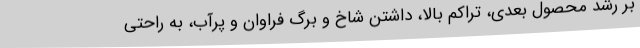
بر رشد محصول بعدی، تراکم بالا، داشتن شاخ و برگ فراوان و پرآب، به راحتی